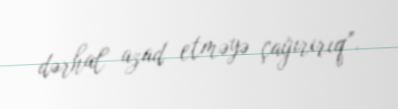
dərhal azad etməyə çağırırıq”.